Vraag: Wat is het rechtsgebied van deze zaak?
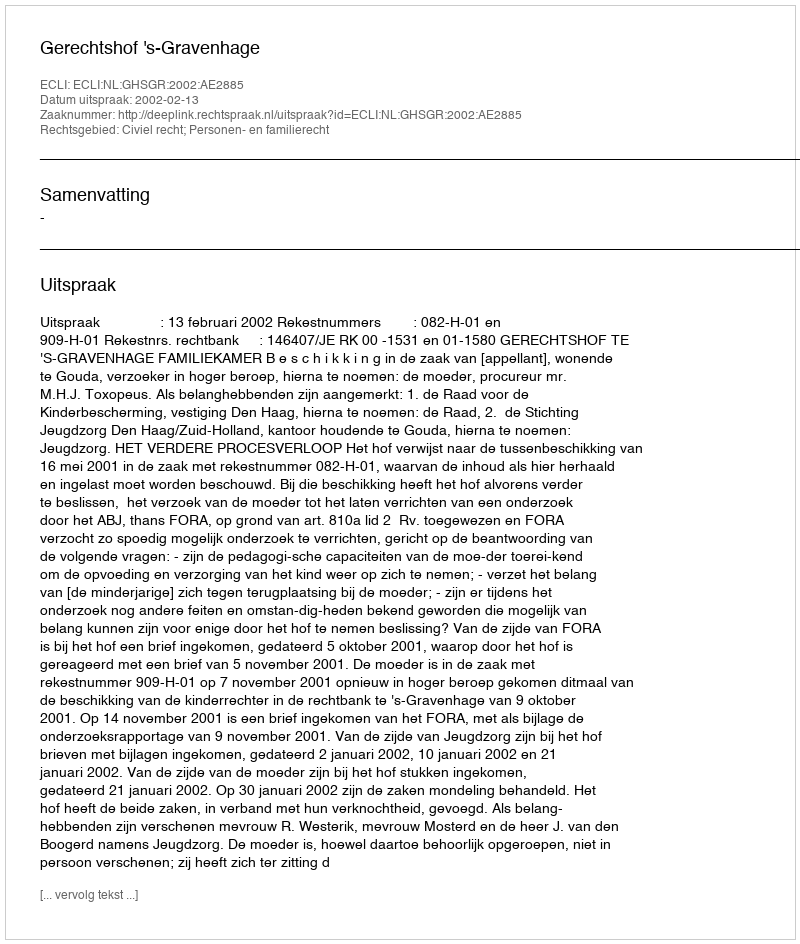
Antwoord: Civiel recht; Personen- en familierecht